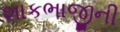
શાકભાજીની